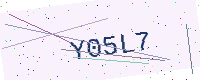
Text: Y05L7